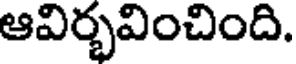
ఆవిర్భవించింది.